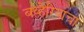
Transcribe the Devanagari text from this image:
बव्हेरियाचा